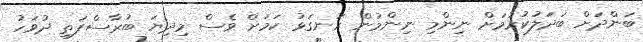
ބަންދަށް ބަދަލުކުރުމަށް ނިންމި ނިންމުން ރަނގަޅު ކަމަށް ވެސް މިދިޔަ ބުރާސްފަތި ދުވަހު